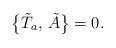
LaTeX: \begin{align*}\bigl\{\tilde T_a,\,\tilde A\bigr\}=0.\end{align*}